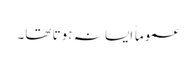
عموماً ایسا نہ ہوتا تھا۔